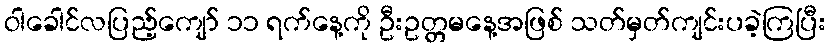
ဝါခေါင်လပြည့်ကျော် ၁၁ ရက်နေ့ကို ဦးဥတ္တမနေ့အဖြစ် သတ်မှတ်ကျင်းပခဲ့ကြပြီး